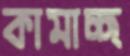
কামাচ্ছ